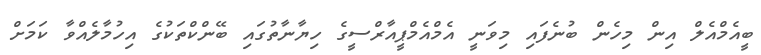
ބީއެމްއެލް އިން މިހެން ބުނެފައި މިވަނީ އެމްއެމްޕީއާރްސީގެ ހިޔާނާތުގައި ބޭންކްތަކުގެ އިހުމާލެއްވާ ކަމަށް